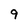
Character: 9